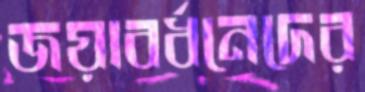
জয়াবর্ধনেদের